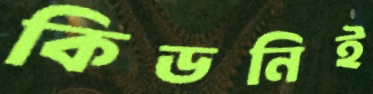
কিডনিই